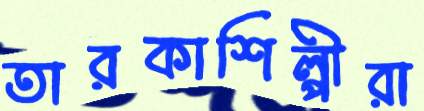
তারকাশিল্পীরা